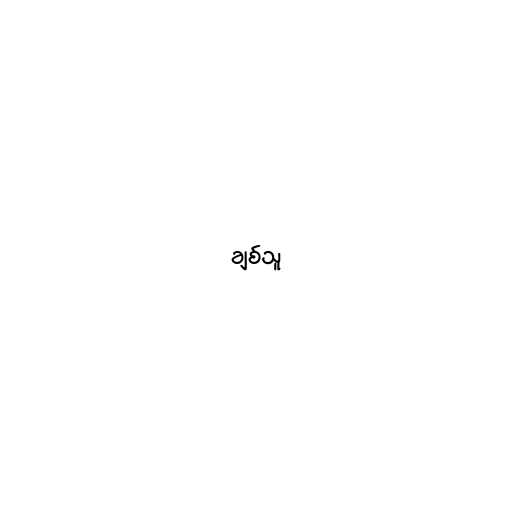
ချစ်သူ